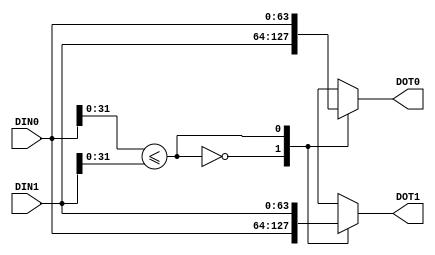
/******************************************************************************/
/* Sorting Network: Bitonic mergesort                        Ryohei Kobayashi */
/*                                                         Version 2016-12-28 */
/******************************************************************************/
`default_nettype none
  
/***** Compare-and-exchange (CAE)                                         *****/
/******************************************************************************/
module CAE #(parameter              DATW = 64,
             parameter              KEYW = 32)
            (input  wire [DATW-1:0] DIN0,
             input  wire [DATW-1:0] DIN1,
             output wire [DATW-1:0] DOT0,
             output wire [DATW-1:0] DOT1);
  
  function [DATW-1:0] mux;
    input [DATW-1:0] a;
    input [DATW-1:0] b;
    input            sel;
    begin
      case (sel)
        1'b0: mux = a;
        1'b1: mux = b;
      endcase
    end
  endfunction
  
  wire comp_rslt = (DIN0[KEYW-1:0] <= DIN1[KEYW-1:0]);
  
  assign DOT0 = mux(DIN1, DIN0, comp_rslt);
  assign DOT1 = mux(DIN0, DIN1, comp_rslt);
  
endmodule


/***** BOX                                                                *****/
/******************************************************************************/
module BOX #(parameter                       P_LOG = 4,
             parameter                       DATW  = 64,
             parameter                       KEYW  = 32)
            (input  wire                     CLK,
             input  wire [(DATW<<P_LOG)-1:0] DIN,
             output wire [(DATW<<P_LOG)-1:0] DOT);


  reg [(DATW<<P_LOG)-1:0] pd [P_LOG-1:0];  // pipeline regester for data

  genvar i, j, k;
  generate
    for (i=0; i<P_LOG; i=i+1) begin: stage
      wire [(DATW<<P_LOG)-1:0] dot;
      if (i == 0) begin
        for (j=0; j<(1<<(P_LOG-1)); j=j+1) begin: caes
          CAE #(DATW, KEYW) cae(DIN[DATW*(j+1)-1:DATW*j], 
                                DIN[DATW*((1<<P_LOG)-j)-1:DATW*((1<<P_LOG)-(j+1))],
                                dot[DATW*(j+1)-1:DATW*j],
                                dot[DATW*((1<<P_LOG)-j)-1:DATW*((1<<P_LOG)-(j+1))]);
        end
      end else begin
        for (k=0; k<(1<<i); k=k+1) begin: blocks
          for (j=0; j<(1<<(P_LOG-(i+1))); j=j+1) begin: caes
            CAE #(DATW, KEYW) cae(pd[i-1][DATW*((j+1)+k*(1<<(P_LOG-i)))-1:DATW*(j+k*(1<<(P_LOG-i)))],
                                  pd[i-1][DATW*((j+1)+k*(1<<(P_LOG-i))+(1<<(P_LOG-(i+1))))-1:DATW*(j+k*(1<<(P_LOG-i))+(1<<(P_LOG-(i+1))))],
                                  dot[DATW*((j+1)+k*(1<<(P_LOG-i)))-1:DATW*(j+k*(1<<(P_LOG-i)))],
                                  dot[DATW*((j+1)+k*(1<<(P_LOG-i))+(1<<(P_LOG-(i+1))))-1:DATW*(j+k*(1<<(P_LOG-i))+(1<<(P_LOG-(i+1))))]);
          end
        end
      end
      always @(posedge CLK) pd[i] <= dot;
    end
  endgenerate
  
  assign DOT = pd[P_LOG-1];
  
endmodule  

  
/***** Sorting Network                                                    *****/
/******************************************************************************/
module BITONIC #(parameter                       P_LOG = 4,
                 parameter                       DATW  = 64,
                 parameter                       KEYW  = 32)
                (input  wire                     CLK,
                 input  wire                     RST,
                 input  wire [(DATW<<P_LOG)-1:0] DIN,
                 input  wire                     DINEN,
                 output wire [(DATW<<P_LOG)-1:0] DOT,
                 output wire                     DOTEN);


  // Input
  ////////////////////////////////////////////////////////////////////////////////////////////////
  reg [(DATW<<P_LOG)-1:0] din;   always @(posedge CLK) din   <= DIN;
  reg                     dinen; always @(posedge CLK) dinen <= (RST) ? 0 : DINEN;
  
  
  // Core
  ////////////////////////////////////////////////////////////////////////////////////////////////
  reg pc [((P_LOG*(P_LOG+1))>>1)-1:0];  // pipeline regester for control
  
  genvar i, j;
  generate
    for (i=0; i<P_LOG; i=i+1) begin: level
      wire [(DATW<<P_LOG)-1:0] box_din;
      wire [(DATW<<P_LOG)-1:0] box_dot;
      for (j=0; j<(1<<(P_LOG-(i+1))); j=j+1) begin: boxes
        BOX #((i+1), DATW, KEYW) 
        box(CLK, box_din[DATW*(1<<(i+1))*(j+1)-1:DATW*(1<<(i+1))*j], box_dot[DATW*(1<<(i+1))*(j+1)-1:DATW*(1<<(i+1))*j]);
      end
    end
  endgenerate
  
  generate
    for (i=0; i<P_LOG; i=i+1) begin: connection
      if (i == 0) assign level[i].box_din = din;
      else        assign level[i].box_din = level[i-1].box_dot;
    end
  endgenerate

  integer p;
  always @(posedge CLK) begin
    if (RST) begin
      for (p=0; p<((P_LOG*(P_LOG+1))>>1); p=p+1) pc[p] <= 0;
    end else begin
      pc[0] <= dinen;
      for (p=1; p<((P_LOG*(P_LOG+1))>>1); p=p+1) pc[p] <= pc[p-1];
    end
  end
  

  // Output
  ////////////////////////////////////////////////////////////////////////////////////////////////
  assign DOT   = level[P_LOG-1].box_dot;
  assign DOTEN = pc[((P_LOG*(P_LOG+1))>>1)-1];

endmodule

`default_nettype wire